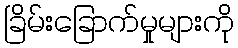
ခြိမ်းခြောက်မှုများကို